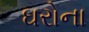
ઘરોના